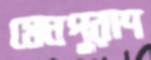
মেঘপুরাণ